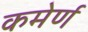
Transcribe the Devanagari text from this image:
कमेर्ण